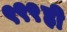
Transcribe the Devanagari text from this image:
९९९ही